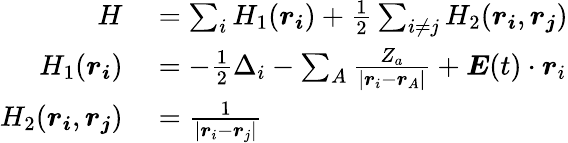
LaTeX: \begin{array}{rl}{H}&{{}=\sum_{i}H_{1}(\boldsymbol{r_{i}})+\frac{1}{2}\sum_{i\neq j}H_{2}(\boldsymbol{r_{i}},\boldsymbol{r_{j}})}\\ {H_{1}(\boldsymbol{r_{i}})}&{{}=-\frac{1}{2}\Delta_{i}-\sum_{A}\frac{Z_{a}}{|\boldsymbol{r}_{i}-\boldsymbol{r}_{A}|}+\boldsymbol{E}(t)\cdot\boldsymbol{r}_{i}}\\ {H_{2}(\boldsymbol{r_{i}},\boldsymbol{r_{j}})}&{{}=\frac{1}{|\boldsymbol{r}_{i}-\boldsymbol{r}_{j}|}}\end{array}